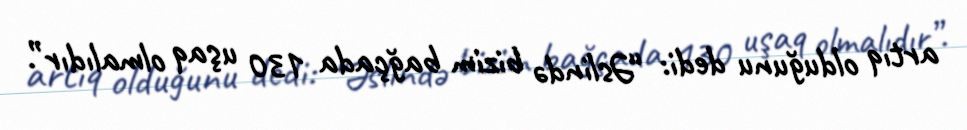
artıq olduğunu dedi: “Əslində bizim bağçada 130 uşaq olmalıdır”.